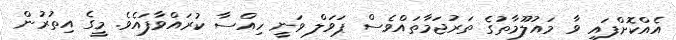
އެއްކޮށްފައި ވާ މައުލޫމާތުގެ ތަރުޖަމާތައްވެސް ޕަވަލް ވަނީ ހިއްސާ ކުރައްވާފައެވެ. މީގެ އިތުރުން